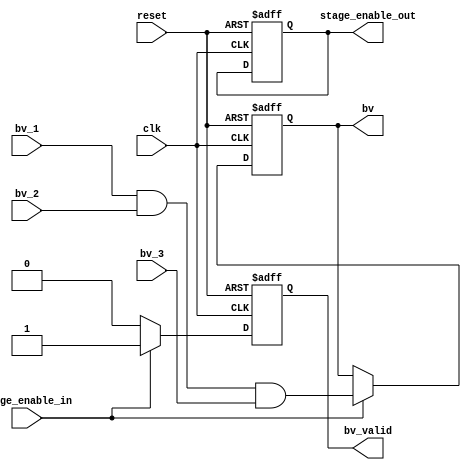
// This program was cloned from: https://github.com/FAST-Switch/fast
// License: Apache License 2.0

`timescale 1ns/1ps

module bv_and(
clk,
reset,
stage_enable_in,
stage_enable_out,

bv_1,
bv_2,
bv_3,
bv_valid,
bv
);


input clk;
input reset;
input stage_enable_in;
output  stage_enable_out;

input [35:0]  bv_1;
input [35:0]  bv_2;
input [35:0]  bv_3;
output        bv_valid;
output [35:0] bv;


reg         bv_valid;
reg [35:0]  bv;

reg stage_enable_out;


always @(posedge clk or negedge reset)
begin
    if(!reset)
      begin
          stage_enable_out <= 1'b0;
          bv_valid <= 1'b0;
		  bv <= 36'b0;
      end
    else
      begin
          if(stage_enable_in == 1'b1)
            begin
                bv <= bv_1 & bv_2 & bv_3;
                bv_valid <= 1'b1;
            end
          else  bv_valid <= 1'b0;
      end
end

























endmodule